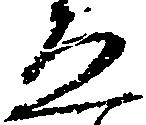
ゑ